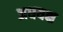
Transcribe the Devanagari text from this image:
अधयक्ष